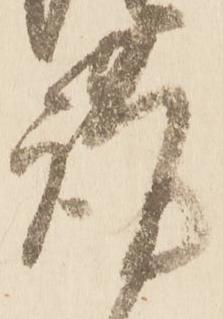
謹